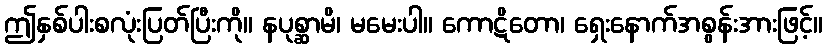
ဤနှစ်ပါးစလုံးပြတ်ပြီးကို။ နပုစ္ဆာမိ၊ မမေးပါ။ ကောဋိတော၊ ရှေးနောက်အစွန်းအားဖြင့်။